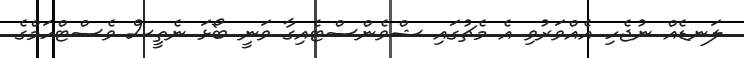
ލަނޑެއް ނުޖެހި އެއްވަރުވި އެ މެޗުގައި ޝްވެންސްޓެއިގާ ވަނީ ބޯޅަ ނެތީސް ވެސްޓްހަމްގެ